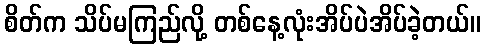
စိတ်က သိပ်မကြည်လို့ တစ်နေ့လုံးအိပ်ပဲအိပ်ခဲ့တယ်။